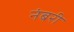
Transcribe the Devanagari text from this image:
नंबरी